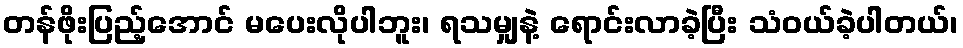
တန်ဖိုးပြည့်အောင် မပေးလိုပါဘူး၊ ရသမျှနဲ့ ရောင်းလာခဲ့ပြီး သံဝယ်ခဲ့ပါတယ်၊